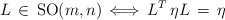
\begin{align*}L \, \in \, \mathrm{SO}(m,n) \, \Longleftrightarrow \, L^T \, \eta L \, = \,\eta \end{align*}